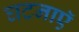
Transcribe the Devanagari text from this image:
घटनाएॅ